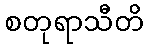
စတုရာသီတိ